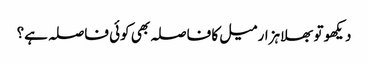
دیکھو تو بھلا ہزار میل کا فاصلہ بھی کوئی فاصلہ ہے؟